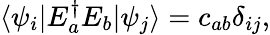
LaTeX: \langle\psi_{i}|E_{a}^{\dagger}E_{b}|\psi_{j}\rangle=c_{ab}\delta_{ij},